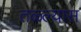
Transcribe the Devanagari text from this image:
तळ्ल्यास